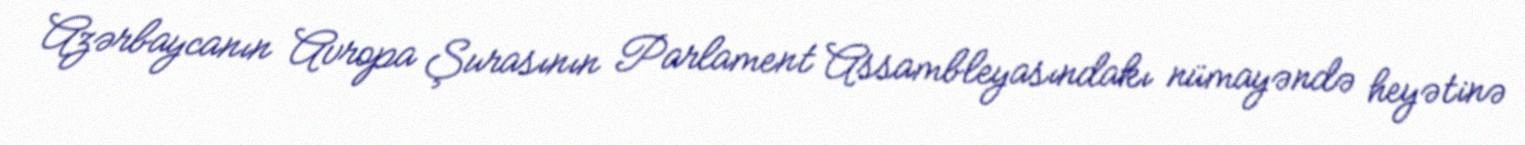
Azərbaycanın Avropa Şurasının Parlament Assambleyasındakı nümayəndə heyətinə